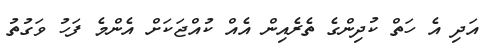
އަދި އެ ހަތް ކުދިންގެ ތެރެއިން އެއް ކުއްޖަކަށް އެންމެ ފަހު ވަގުތު